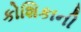
કોશિકાની